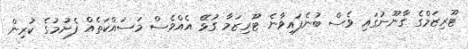
ޓޫރިޒަމްގެ ގާނޫނުގައި ވެސް ބުނެފައިވާނެ ޓޫރިޒަމާ ގުޅޭ އެއްވެސް މަސައްކަތެއް ފެށުމުގެ ކުރިން